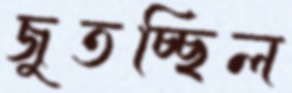
জুতচ্ছিল